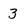
Character: 3